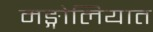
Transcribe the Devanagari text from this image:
मङ्गोलियात